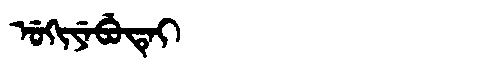
Manchu: ᡠᡴᡳᠶᡝᠪᡠᡨᡝᡳ
Romanization: UKIYEBUTEI